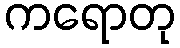
ကရောတု